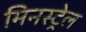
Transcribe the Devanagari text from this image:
मिनस्ट्रेल